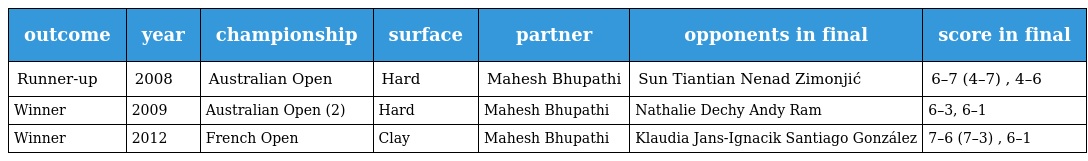
| outcome | year | championship | surface | partner | opponents in final | score in final |
 | --- | --- | --- | --- | --- | --- | --- |
 | Runner-up | 2008 | Australian Open | Hard | Mahesh Bhupathi | Sun Tiantian Nenad Zimonjić | 6–7 (4–7) , 4–6 |
 | Winner | 2009 | Australian Open (2) | Hard | Mahesh Bhupathi | Nathalie Dechy Andy Ram | 6–3, 6–1 |
 | Winner | 2012 | French Open | Clay | Mahesh Bhupathi | Klaudia Jans-Ignacik Santiago González | 7–6 (7–3) , 6–1 |